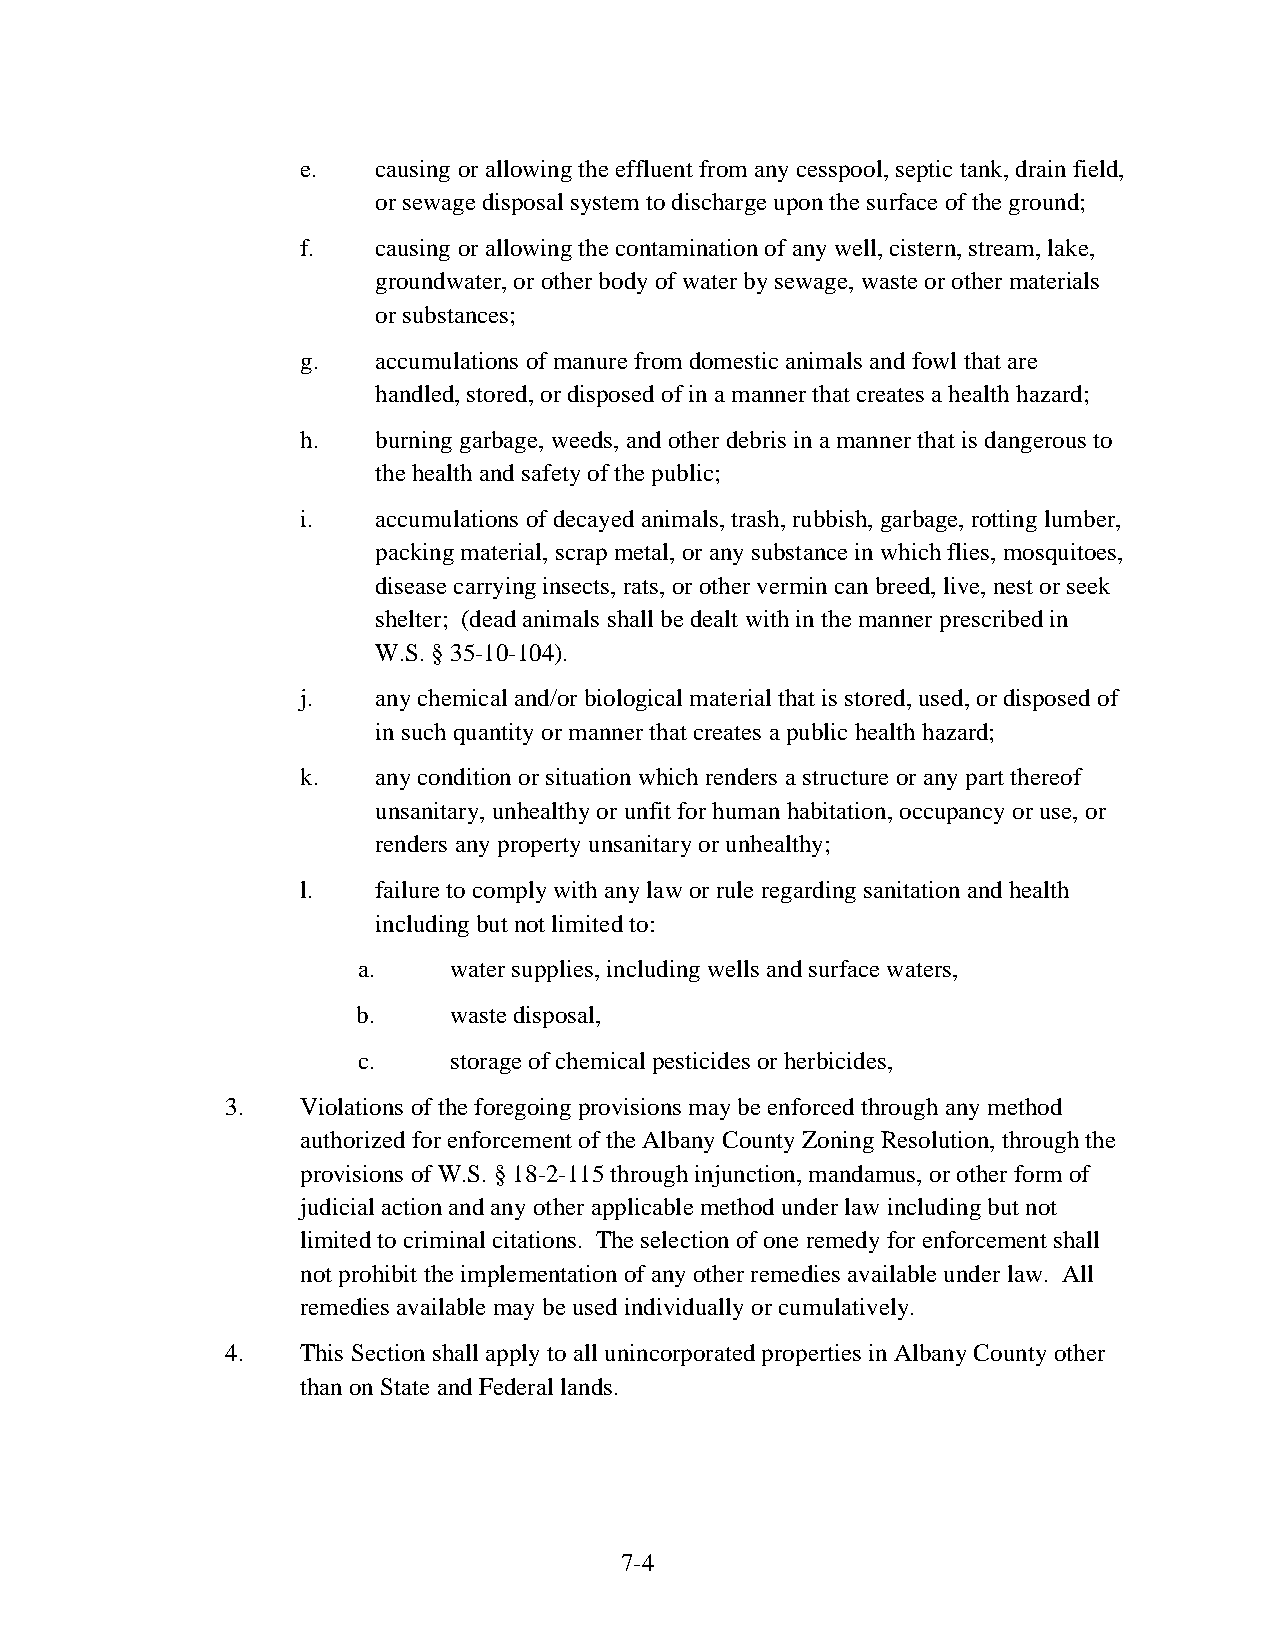
e.   causing or allowing the effluent from any cesspool, septic tank, drain field,
 or sewage disposal system to discharge upon the surface of the ground;
 f.   causing or allowing the contamination of any well, cistern, stream, lake,
 groundwater, or other body of water by sewage, waste or other materials
 or substances;
 g.   accumulations of manure from domestic animals and fowl that are
 handled, stored, or disposed of in a manner that creates a health hazard;
 h.   burning garbage, weeds, and other debris in a manner that is dangerous to
 the health and safety of the public;
 i.   accumulations of decayed animals, trash, rubbish, garbage, rotting lumber,
 packing material, scrap metal, or any substance in which flies, mosquitoes,
 disease carrying insects, rats, or other vermin can breed, live, nest or seek
 shelter; (dead animals shall be dealt with in the manner prescribed in
 W.S. § 35-10-104).
 j.   any chemical and/or biological material that is stored, used, or disposed of
 in such quantity or manner that creates a public health hazard;
 k.   any condition or situation which renders a structure or any part thereof
 unsanitary, unhealthy or unfit for human habitation, occupancy or use, or
 renders any property unsanitary or unhealthy;
 l.   failure to comply with any law or rule regarding sanitation and health
 including but not limited to:
 a.    water supplies, including wells and surface waters,
 b.    waste disposal,
 c.    storage of chemical pesticides or herbicides,
 3.   Violations of the foregoing provisions may be enforced through any method
 authorized for enforcement of the Albany County Zoning Resolution, through the
 provisions of W.S. § 18-2-115 through injunction, mandamus, or other form of
 judicial action and any other applicable method under law including but not
 limited to criminal citations. The selection of one remedy for enforcement shall
 not prohibit the implementation of any other remedies available under law. All
 remedies available may be used individually or cumulatively.
 4.   This Section shall apply to all unincorporated properties in Albany County other
 than on State and Federal lands.
 7-4